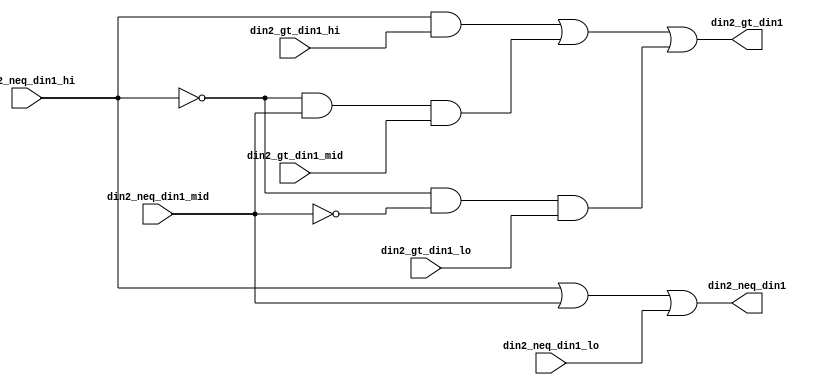
// ========== Copyright Header Begin ==========================================
// 
// OpenSPARC T1 Processor File: fpu_in2_gt_in1_3to1.v
// Copyright (c) 2006 Sun Microsystems, Inc.  All Rights Reserved.
// DO NOT ALTER OR REMOVE COPYRIGHT NOTICES.
// 
// The above named program is free software; you can redistribute it and/or
// modify it under the terms of the GNU General Public
// License version 2 as published by the Free Software Foundation.
// 
// The above named program is distributed in the hope that it will be 
// useful, but WITHOUT ANY WARRANTY; without even the implied warranty of
// MERCHANTABILITY or FITNESS FOR A PARTICULAR PURPOSE.  See the GNU
// General Public License for more details.
// 
// You should have received a copy of the GNU General Public
// License along with this work; if not, write to the Free Software
// Foundation, Inc., 51 Franklin St, Fifth Floor, Boston, MA 02110-1301, USA.
// 
// ========== Copyright Header End ============================================
///////////////////////////////////////////////////////////////////////////////
//
//	Reduce three fpu_in2_gt_in1_*b results to one set of results.
//
///////////////////////////////////////////////////////////////////////////////

module fpu_in2_gt_in1_3to1 (
	din2_neq_din1_hi,
	din2_gt_din1_hi,
	din2_neq_din1_mid,
	din2_gt_din1_mid,
	din2_neq_din1_lo,
	din2_gt_din1_lo,

	din2_neq_din1,
	din2_gt_din1
);


input		din2_neq_din1_hi;	// input 2 != input 1- high 3 bits
input		din2_gt_din1_hi;	// input 2 > input 1- high 3 bits
input		din2_neq_din1_mid;	// input 2 != input 1- middle 3 bits
input		din2_gt_din1_mid;	// input 2 > input 1- middle 3 bits
input		din2_neq_din1_lo;	// input 2 != input 1- low 3 bits
input		din2_gt_din1_lo;	// input 2 > input 1- low 3 bits

output		din2_neq_din1;		// input 2 doesn't equal input 1
output		din2_gt_din1;		// input 2 is greater than input 1


wire		din2_neq_din1;
wire		din2_gt_din1;


assign din2_neq_din1= din2_neq_din1_hi || din2_neq_din1_mid || din2_neq_din1_lo;

assign din2_gt_din1= (din2_neq_din1_hi && din2_gt_din1_hi)
		|| ((!din2_neq_din1_hi) && din2_neq_din1_mid
			&& din2_gt_din1_mid)
		|| ((!din2_neq_din1_hi) && (!din2_neq_din1_mid)
			&& din2_gt_din1_lo);


endmodule